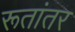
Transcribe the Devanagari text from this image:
रूतांतर